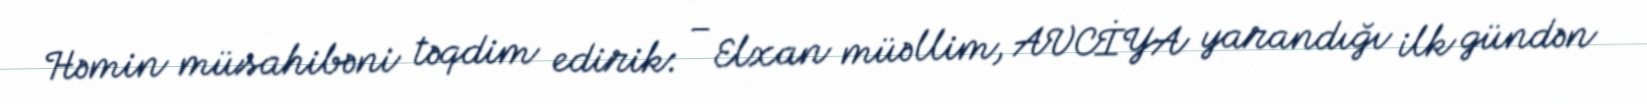
Həmin müsahibəni təqdim edirik: – Elxan müəllim, AVCİYA yarandığı ilk gündən